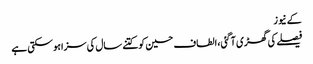
کے نیوز
فیصلے کی گھڑی آگئی،الطاف حسین کوکتنے سال کی سزاہوسکتی ہے